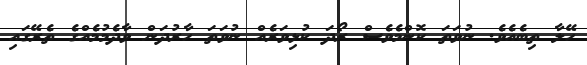
ހޭލާ ތިބެއެވެ. ނުވަތަ ކޮންމެވެސް ރޯދަ ކުޅިވަރެއް ނުވަތަ ހާރުދަން ވާދެމުމެއްގެ ތެރޭގައި